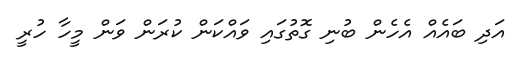
އަދި ބައެއް އެހެން ބުނި ގޮތުގައި ވައްކަން ކުރަން ވަން މީހާ ހުރީ